Lunatic asylums Central Provinces reports 1874-1885 - 1874-1885
Year: 1874
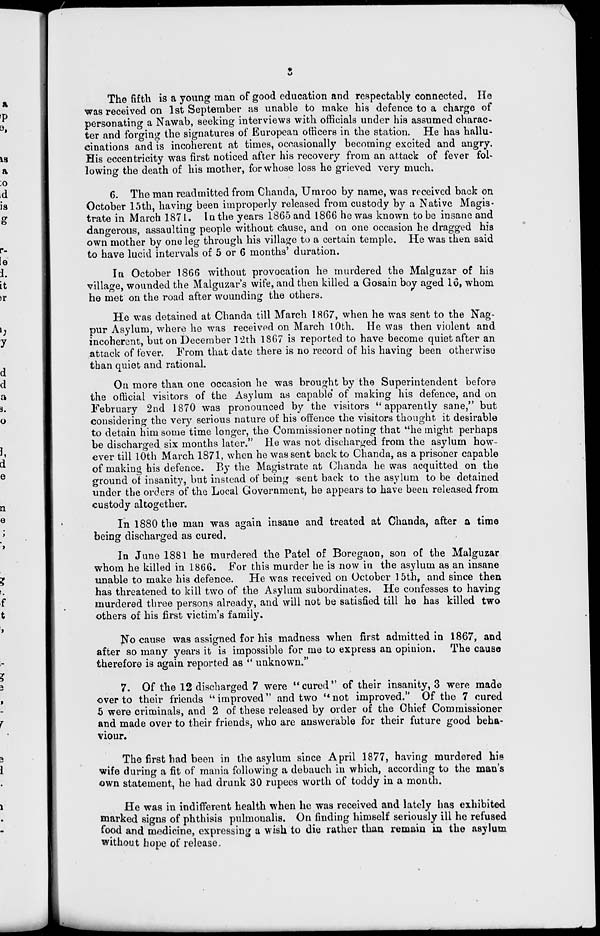
3
The fifth is a young man of good education and respectably connected. He
was received on 1st September as unable to make his defence to a charge of
personating a Nawab, seeking interviews with officials under his assumed charac-
ter and forging the signatures of European officers in the station. He has hallu-
cinations and is incoherent at times, occasionally becoming excited and angry.
His eccentricity was first noticed after his recovery from an attack of fever fol-
lowing the death of his mother, for whose loss he grieved very much.
6. The man readmitted from Chanda, Umroo by name, was received back on
October 15th, having been improperly released from custody by a Native Magis-
trate in March 1871. In the years 1865 and 1866 he was known to be insane and
dangerous, assaulting people without cause, and on one occasion he dragged his
own mother by one leg through his village to a certain temple. He was then said
to have lucid intervals of 5 or 6 months' duration.
In October 1866 without provocation he murdered the Malguzar of his
village, wounded the Malguzar's wife, and then killed a Gosain boy aged 16, whom
he met on the road after wounding the others.
He was detained at Chanda till March 1867, when he was sent to the Nag-
pur Asylum, where he was received on March 10th. He was then violent and
incoherent, but on December 12th 1867 is reported to have become quiet after an
attack of fever. From that date there is no record of his having been otherwise
than quiet and rational.
On more than one occasion he was brought by the Superintendent before
the official visitors of the Asylum as capable of making his defence, and on
February 2nd 1870 was pronounced by the visitors " apparently sane," but
considering the very serious nature of his offence the visitors thought it desirable
to detain him some time longer, the Commissioner noting that "he might perhaps
be discharged six months later." He was not discharged from the asylum how-
ever till 10th March 1871, when he was sent back to Chanda, as a prisoner capable
of making his defence. By the Magistrate at Chanda he was acquitted on the
ground of insanity, but instead of being sent back to the asylum to be detained
under the orders of the Local Government, he appears to have been released from
custody altogether.
In 1880 the man was again insane and treated at Chanda, after a time
being discharged as cured.
In June 1881 he murdered the Patel of Boregaon, son of the Malguzar
whom he killed in 1866. For this murder he is now in the asylum as an insane
unable to make his defence.
He was received on October 15th, and since then
has threatened to kill two of the Asylum subordinates. He confesses to having
murdered three persons already, and will not be satisfied till he has killed two
others of his first victim's family.
No cause was assigned for his madness when first admitted in 1867, and
after so many years it is impossible for me to express an opinion. The cause
therefore is again reported as " unknown."
7. Of the 12 discharged 7 were "cured" of their insanity, 3 were made
over to their friends " improved" and two "not improved." Of the 7 cured
5 were criminals, and 2 of these released by order of the Chief Commissioner
and made over to their friends, who are answerable for their future good beha-
viour.
The first had been in the asylum since April 1877, having murdered his
wife during a fit of mania following a debauch in which, according to the man's
own statement, he had drunk 30 rupees worth of toddy in a month.
He was in indifferent health when he was received and lately has exhibited
marked signs of phthisis pulmonalis. On finding himself seriously ill he refused
food and medicine, expressing a wish to die rather than remain in the asylum
without hope of release.